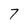
Character: 7